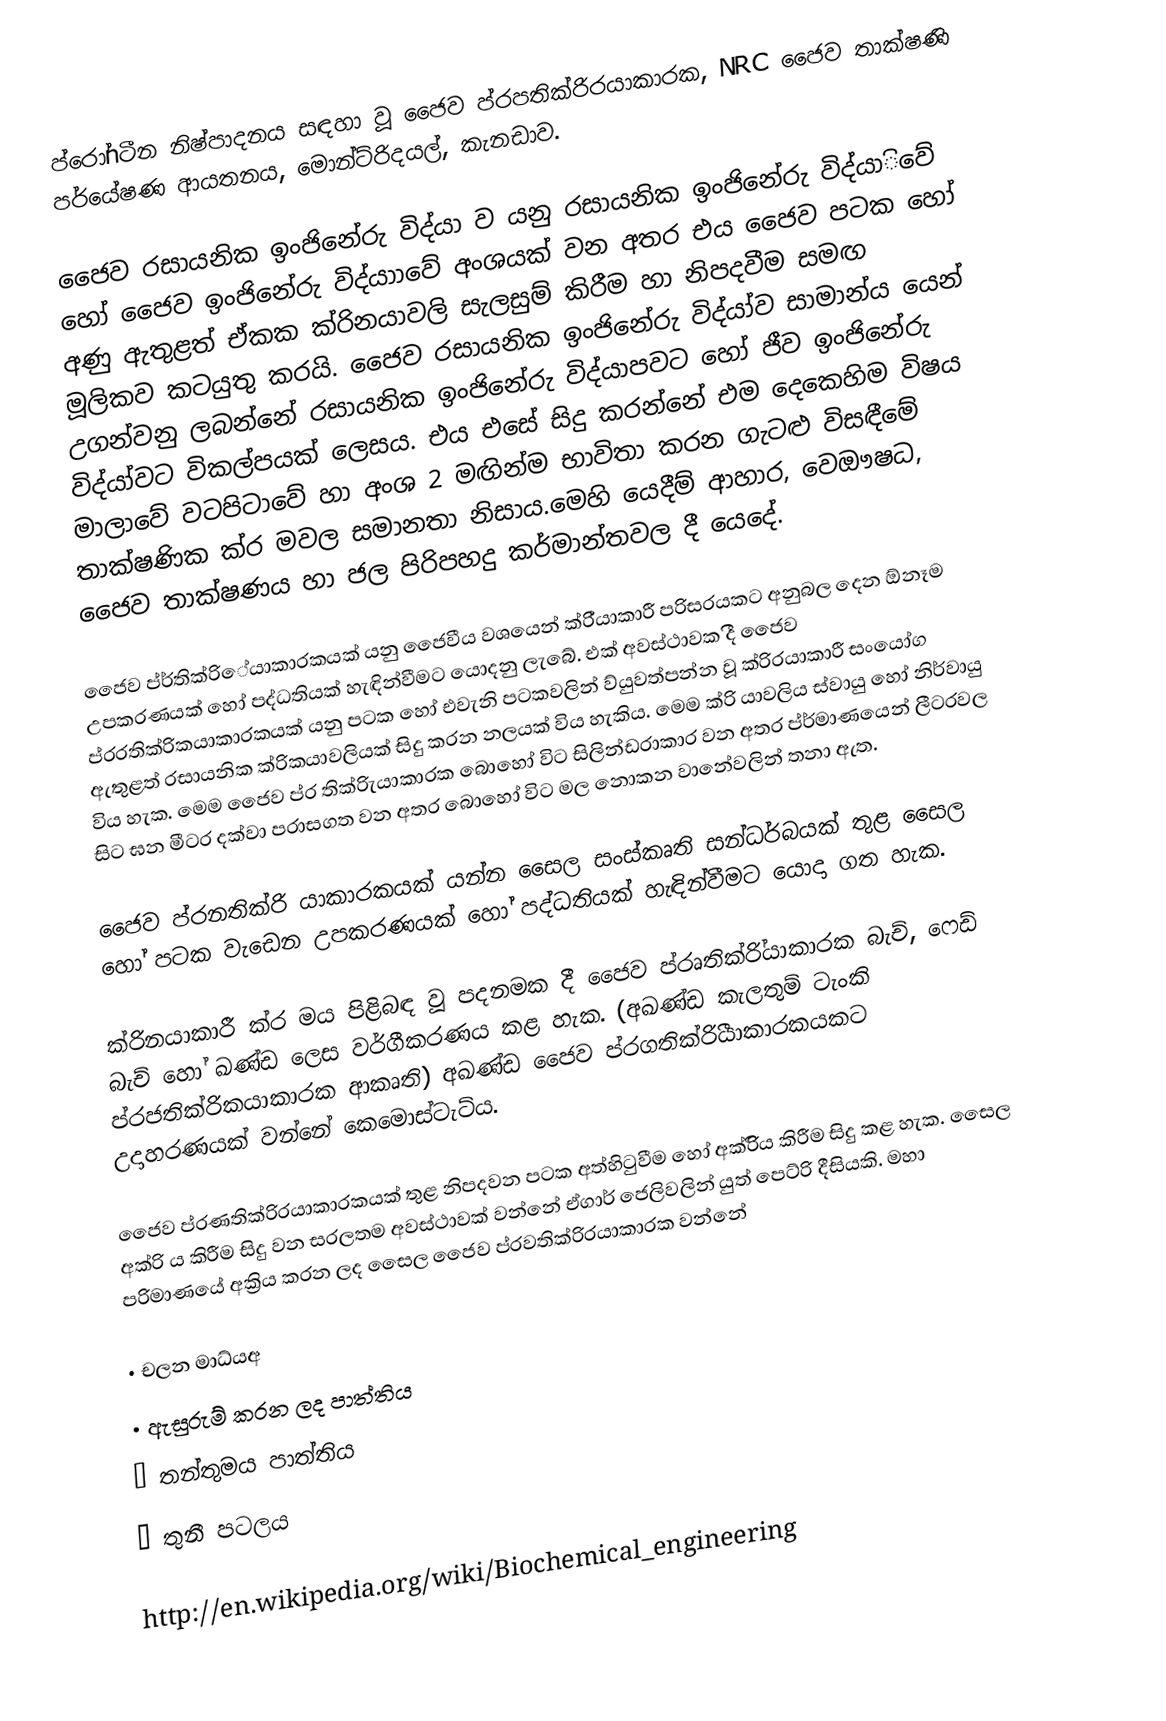
ප්රෝnටීන නිෂ්පාදනය සඳහා වූ ජෛව ප්රපතික්රිරයාකාරක, NRC ජෛව තාක්ෂණි පර්යේෂණ ආයතනය, මොන්ට්රිදයල්, කැනඩාව.

ජෛව රසායනික ඉංජිනේරු විද්යා ව යනු රසායනික ඉං‍ජිනේරු විද්යාිවේ හෝ ජෛව ඉංජිනේරු විද්යාාවේ අංශයක් වන අතර එය ජෛව පටක‍ හෝ අණු ඇතුළත් ඒකක ක්රිනයාවලි සැලසුම් කිරීම හා නිපදවීම සමඟ මූලිකව කටයුතු කරයි. ජෛව රසායනික ඉංජිනේරු විද්යා්ව සාමාන්ය යෙන් උගන්වනු ලබන්නේ රසායනික ඉංජිනේරු විද්යාපවට හෝ ජීව ඉංජිනේරු විද්යා්වට විකල්පයක් ලෙසය. එය එසේ සිදු කරන්නේ එම දෙකෙහිම විෂය මාලාවේ වටපිටාවේ හා අංශ 2 මඟින්ම භාවිතා කරන ගැටළු විසඳීමේ තාක්ෂණික ක්ර මවල සමානතා නිසාය.මෙහි යෙදීම් ආහාර, ‍‍වෙඖෂධ, ජෛව තාක්ෂණය හා ජල පිරිපහදු කර්මාන්තවල දී යෙදේ.

ජෛව ප්ර්තික්රිේයාකාරකයක් යනු ජෛවීය වශයෙන් ක්රි්යාකාරී පරිසරයකට අනුබල දෙන ඕනෑම උපකරණයක් හෝ පද්ධතියක් හැඳින්වීමට යොදනු ලැබේ. එක් අවස්ථාවක ද‍ී ජෛව ප්රරතික්රිකයාකාරකයක් යනු පටක හෝ එවැනි පටකවලින් ව්යුවත්පන්න වූ ක්රිරයාකාරී සංයෝග ඇතුළත් රසායනික ක්රිකයාවලියක් සිදු කරන නලයක් විය හැකිය. මෙම ක්රි යාවලිය ස්වායු හෝ නිර්වායු විය හැක. මෙම ජෛව ප්ර තික්රිැයාකාරක බොහෝ ‍විට සිලින්ඩරාකාර වන අතර ප්ර්මාණයෙන් ලීටරවල සිට ඝන මීටර දක්වා පරාසගත වන අතර බොහෝ විට මල නොකන වානේවලින් තනා ඇත.

ජෛව ප්රනතික්රි යාකාරකයක් යන්න සෛල සංස්කෘති සන්ධර්බයක් තුළ සෛල හෝ පටක වැඩෙන ‍උපකරණයක් හෝ පද්ධතියක් හැඳින්වීමට යොදා ගත හැක.

ක්රිනයාකාරී ක්ර මය පිළිබඳ වූ පදනමක දී ජෛව ප්රෘතික්රි්යාකාරක බැච්, ෆෙඩ් බැච් හෝ ඛණ්ඩ ලෙස වර්ගීකරණය කළ හැක. (අඛණ්ඩ කැලතුම් ටැංකි ප්රජතික්රිකයාකාරක ආකෘති) අඛණ්ඩ ජෛව ප්රගතික්රිීයාකාරකයකට උදාහරණයක් වන්නේ කෙමොස්ටැට්ය.

ජෛව ප්රණතික්රිරයාකාරකයක් තුළ නිපදවන පටක අත්හිටුවීම හෝ අක්රිිය කිරීම සිදු කළ හැක. සෛල අක්රි ය කිරීම සිදු වන සරලතම අවස්ථාවක් වන්නේ ඒගාර් ජෙලිවලින් යුත් පෙට්රි  දීසියකි. මහා පරිමාණයේ අක්‍රිය කරන ලද සෛල ජෛව ප්රවතික්රිරයාකාරක වන්නේ

•	චලන මාධ්යඅ
•	ඇසුරුම් කරන ලද පාත්තිය
•	තන්තුමය පාත්තිය
•	තුනී පටලය

http://en.wikipedia.org/wiki/Biochemical_engineering